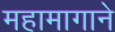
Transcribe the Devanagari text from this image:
महामागाने